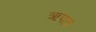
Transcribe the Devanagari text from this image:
ऋपल